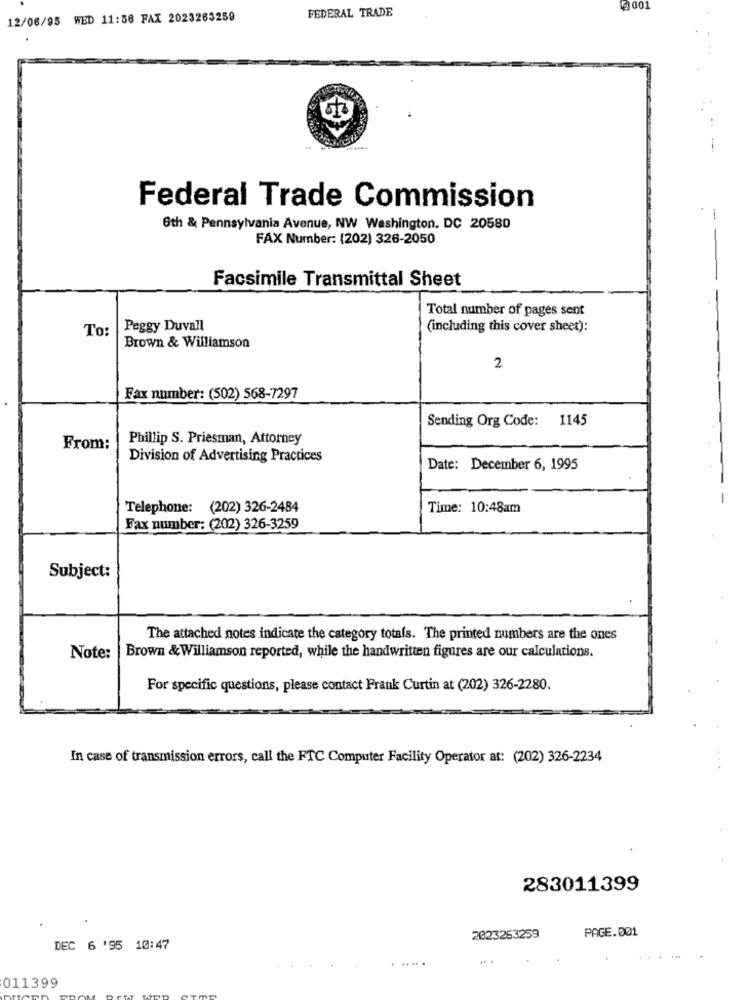
41001
12/06/95 WED 11:58 FAX 2023263259
FEDERAL TRADE
--
Federal Trade Commission
-
6th & Pennsylvania Avenue, NW Washington, DC 20580
FAX Number: (202) 326-2050
Facsimile Transmittal Sheet
Total number of pages sent
To:
Peggy Duvall
(including this cover sheet):
Brown & Williamson
2
Fax number: (502) 568-7297
Sending Org Code: 1145
Phillip S. Priesman, Attorney
From:
Division of Advertising Practices
Date: December 6, 1995
Telephone: (202) 326-2484
Time: 10:48am
Fax number: (202) 326-3259
Subject:
The attached notes indicate the category totals. The printed numbers are the ones
Note:
Brown & Williamson reported, while the handwritten figures are our calculations.
For specific questions, please contact Frank Curtin at (202) 326-2280.
In case of transmission errors, call the FTC Computer Facility Operator at: (202) 326-2234
283011399
PAGE.001
2023253259
DEC 6 '95 10:47
011399